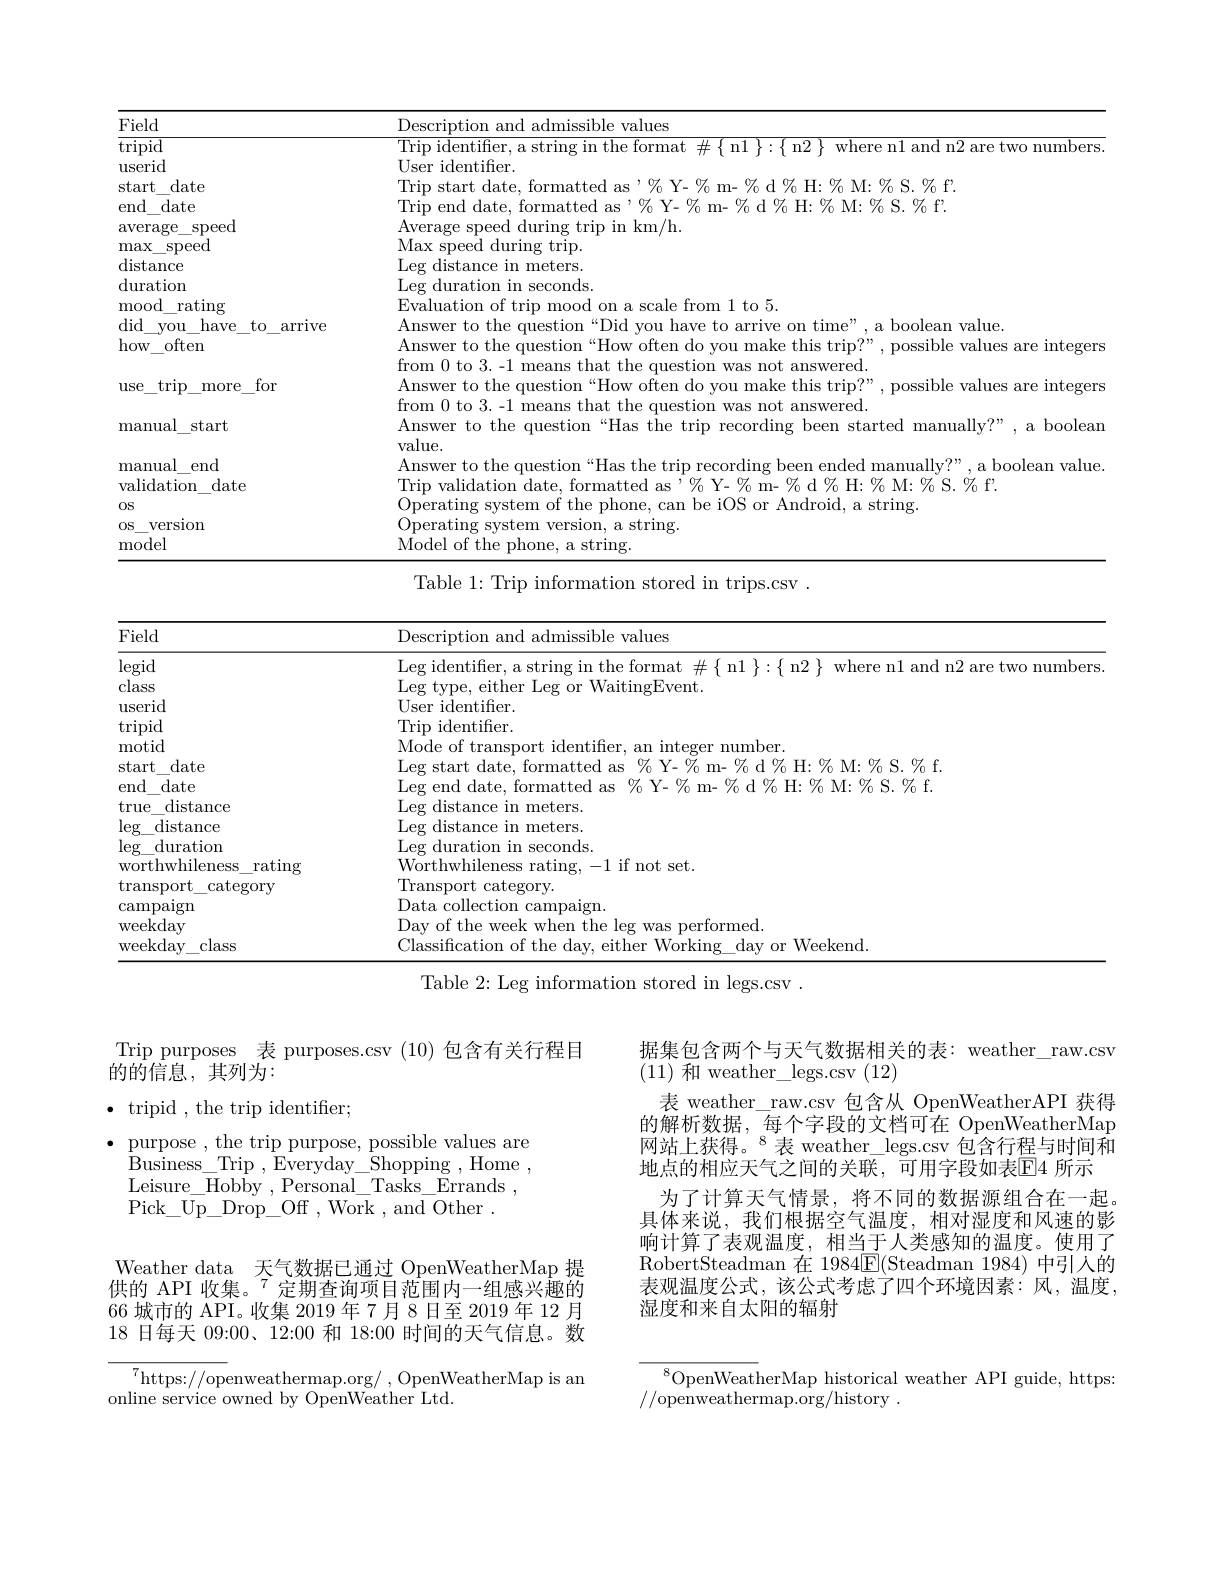
<table>
	<tbody>
		<tr>
			<th>Field</th>
			<th>Description and admissible values</th>
		</tr>
		<tr>
			<td>tripid</td>
			<td>$\lim_{\mathrm{identifer}}$ are two numhers</td>
		</tr>
		<tr>
			<td>userid</td>
			<td>User identifer</td>
		</tr>
		<tr>
			<td>date start</td>
			<td>$|rins$ $Z_{0}$d$\%$H$\cdot\%$M$\cdot\%$S$\%$f</td>
		</tr>
		<tr>
			<td>end date</td>
			<td>lrin end $z_{0}$d$\%$H.%M.%S$\forall_{0}$f,</td>
		</tr>
		<tr>
			<td>average speed</td>
			<td>Average speed during trip in km/ h. </td>
		</tr>
		<tr>
			<td>max $\operatorname{speed}$</td>
			<td>$\bar{\mathrm{Max~speed~during~trip}}.$</td>
		</tr>
		<tr>
			<td>$\operatorname{distance}$</td>
			<td>Leg distance in meters.</td>
		</tr>
		<tr>
			<td>$\operatorname{duration}$</td>
			<td>Leg duration in seconds.</td>
		</tr>
		<tr>
			<td>mood rating</td>
			<td>Fvaluation of trir p mood on a scale from 1 to 5.</td>
		</tr>
		<tr>
			<td>did have VOU $to$ $\dot{\mathrm{arrive}}$</td>
			<td>$\Delta nswer$ hoolean value</td>
		</tr>
		<tr>
			<td>how $v$ often</td>
			<td>Answer to the c allestion $1^{\text{“How}}$ this trin? possible values are integers</td>
		</tr>
		<tr>
			<td>use $\mathrm{trip}_{-}$ more for</td>
			<td>Answer to the possible values are integers</td>
		</tr>
		<tr>
			<td>manual start</td>
			<td>Answer to the question“Has the trip recording been started manually?”, a boolean value.</td>
		</tr>
		<tr>
			<td>manual end validation date 0S</td>
			<td>$\operatorname{value}.$ Answer to the question“Has the trip recording been ended manually?”, a boolean value Trip validation date, formatted as $,\%$ Y- $\%$ m- $\%$ d $\%$ H: % M: $\%$ S. $\%$ f. $\bar{\text{Operating system of the phone, can be iOS or Android, a string.}}$</td>
		</tr>
		<tr>
			<td> </td>
			<td>Table 1: Trip information stored in trips.csv .</td>
		</tr>
		<tr>
			<td>Field</td>
			<td> values Descrintion and dmissihle</td>
		</tr>
		<tr>
			<td>1CIU</td>
			<td>valuco</td>
		</tr>
		<tr>
			<td>$\operatorname{legid}$</td>
			<td>eg 1dentiter a string in the tormat $\iota$here n1 and n2 are two numbers</td>
		</tr>
		<tr>
			<td>class</td>
			<td>Leg type. either Leg or WaitingEvent</td>
		</tr>
		<tr>
			<td>userid</td>
			<td>User identifer. </td>
		</tr>
		<tr>
			<td>tripid</td>
			<td>$\operatorname{Trip}$ identifer.</td>
		</tr>
		<tr>
			<td>motid</td>
			<td>Mode of transport identifer, an integer number</td>
		</tr>
		<tr>
			<td>start date</td>
			<td>Po start date $V_{n}$ $\%$d$\%$H:%M:$\%$S.$\%$f.</td>
		</tr>
		<tr>
			<td>end date</td>
			<td>egenddate formatted a $v/_{\mathrm{o}}$ $V_{-1}$ n- $\%$d$\%$H:$\%$M:$\%$S.$\%$f.</td>
		</tr>
		<tr>
			<td>true distance</td>
			<td>Leg distance in meters.</td>
		</tr>
		<tr>
			<td>true distance $\log_{-}$ distance $\log_{-}($ duration worthwhileness $s_{- }$rating $\operatorname{transport}$ $j$ category $\operatorname{campaign}$ ${\mathrm{weekday}}$ weekda$y_{- }$c class</td>
			<td>Leg distance in meters. Leg distance in meters. Leg duration in seconds. Worthwhileness rating, -1 if not set. Transport category. Data collection campaign. Day of the week when the leg was performed. Classification of the day, either Working day or Weekend.</td>
		</tr>
		<tr>
			<td>$\operatorname{leg}$ $\operatorname{distance}$</td>
			<td>Leg distance in meters.</td>
		</tr>
		<tr>
			<td>$\operatorname{leg}$ duration</td>
			<td>Leg duration in seconds.</td>
		</tr>
		<tr>
			<td>worthwhileness $\operatorname{ratingr}$</td>
			<td>Worthwhileness rating, -1 if not set.</td>
		</tr>
		<tr>
			<td>$\operatorname{transport}$ $\operatorname{category}$</td>
			<td>Transport category.</td>
		</tr>
		<tr>
			<td>$\operatorname{campaign}$</td>
			<td>Data collection campaign.</td>
		</tr>
		<tr>
			<td>weekday</td>
			<td>Dav of the week when the les was performed.</td>
		</tr>
		<tr>
			<td>weekdav class</td>
			<td>Vlassification of the d dav either Working dav or Weekend</td>
		</tr>
	</tbody>
</table>

Trip purposes 表 purposes.csv (10) 包含有关行程目
的的信息，其列为：
$\bullet$ tripid , the trip identifier;
purpose ,the trip purpose, possible values are Business\_Trip ,Everyday\_Shopping,Home, Leisure$\_ \overline {H}$ob$\hat{b} y^{\prime }$, Personal$\_$Tasks$\_$Errands , Pick$\_$Up$\_$Drop$\_$Of , Work , and Other .

据集包含两个与天气数据相关的表：weather\_raw.csv
(11)和 weather\_legs.csv(12)
表 weather\_raw.csv 包含从 OpenWeatherAPI 获得的解析数据，每个字段的文档可在 OpenWeatherMap 网站上获得。$^{8}$表 weather\_legs.csv包含行程与时间和地点的相应天气之间的关联，可用字段如表$\overline{\mathrm{E}}$4 所示
为了计算天气情景，将不同的数据源组合在一起。具体来说，我们根据空气温度，相对湿度和风速的影响计算了表观温度，相当于人类感知的温度。使用了RobertSteadman 在 1984$\boxed{\mathrm{E}}($Steadman 1984)中引人的表观温度公式，该公式考虑了四个环境因素：风，温度， 湿度和来自太阳的辐射

Weather data 天气数据已通过 OpenWeatherMap 提供的 API 收集。$^{7}$定期查询项目范围内一组感兴趣的66 城市的 API。收集 2019 年 7 月8日至 2019 年 12 月18 日每天 09:00、12:00 和 18:00 时间的天气信息。数

$\sum_{\mathrm{d}}^{7}$https://openweathermap.org/ , OpenWeatherMap is an
online service owned by OpenWeather Ltd.

$^{8}$OpenWeatherMap historical weather API guide, https:
//openweathermap.org/history.